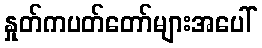
နှုတ်ကပတ်တော်များအပေါ်